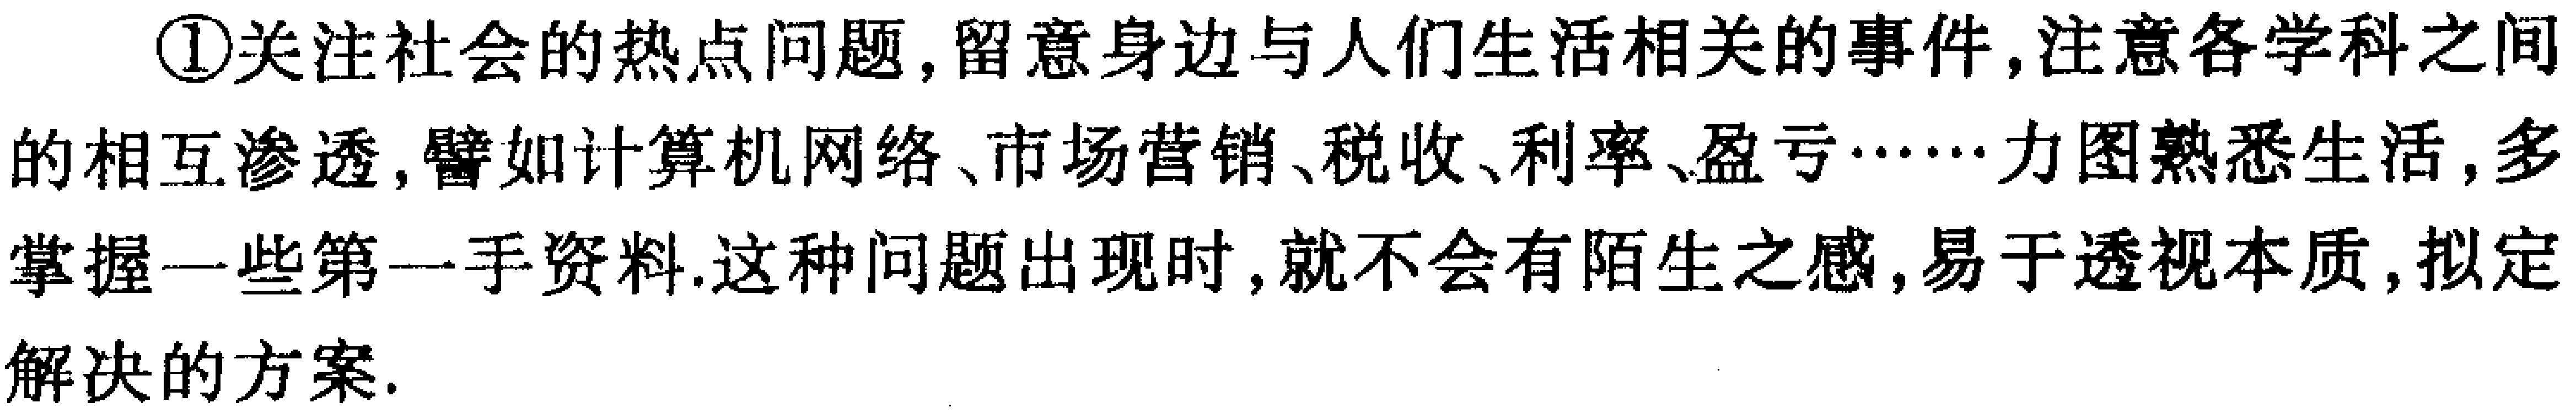
\textcircled{1}关注社会的热点问题, 留意身边与人们生活相关的事件, 注意各学科之间的相互渗透, 譬如计算机网络、市场营销、税收、利率、盈亏……力图熟悉生活, 多掌握一些第一手资料. 这种问题出现时, 就不会有陌生之感, 易于透视本质, 拟定解决的方案.